Report on plague in the Punjab from October 1st ... to September 30th ..., being the ... season of plague in the province
Disease focus: Plague
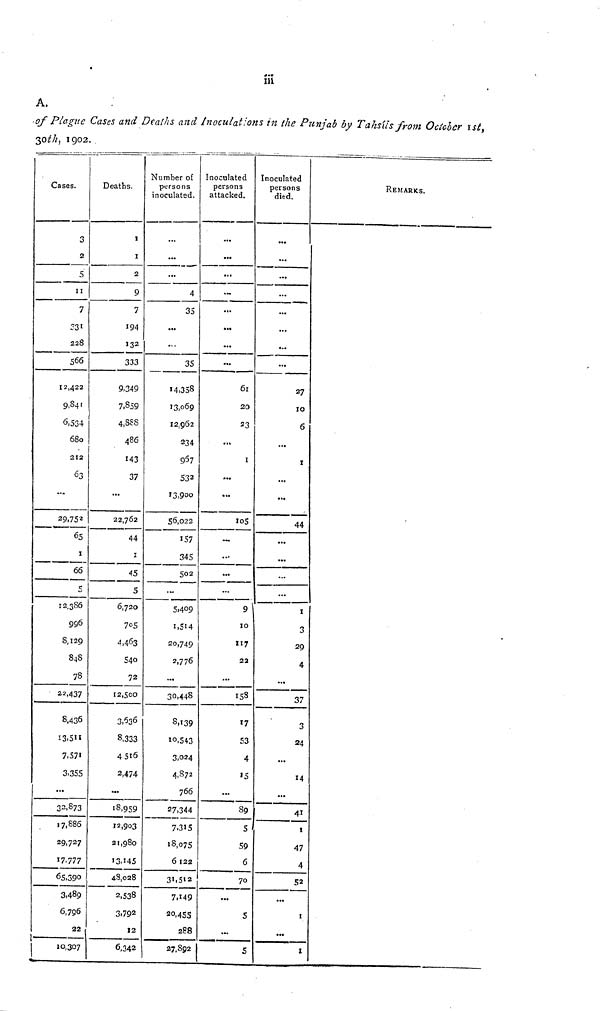
m
A.
of Plague Cases and Deaths and Inoculations in the Punjab by Tahsils from Octedecr 1st,
30 th, 1902.
Cases.
3
2
5
11
7
331
228
566
12,422
9,841
6,534
680
1
212
...
29,752
65
I
66
12,386
996
8,129
848
78
22,437
8,436
13.511
7.571
3,355
...
32.873
17,886
29,727
17,777
65,390
3,489
6,796
22
1
1
10,307
Deaths.
1
1
2
9
7
194
132
333
9.349
7,859
4.888
486
143
37
...
22,762
44
1
45
5
6,720
705
4,463
540
72
12,500
3,536
8,333
4516
2,474
...
18,959
12,903
21,980
13,145
48,028
2,538
3,79 2
12
6,342
Number of
persons
inoculated.
...
...
...
4
35
...
...
35
M,358
13,069
12;9Ö2
234
957
532
13,900
56,022
157
345
502
5,409
1,514
20,749
2,776
...
30,448
8,139
1o,543
3,024
4,872
766
27,344
7.315
18,075
6 122
31,512
7.149
20,455
288
27,892
Inoculated
persons
attacked.
...
...
...
...
...
...
...
...
61
20
23
..,
1
...
...
105
...
...
...
9
10
117
22
...
158
17
53
4
15
...
89
5
59
6
70
...
5
...
5,
Inoculated
persons
died.
...
...
...
...
...
...
...
...
27
10
6
...
1
...
...
44
...
...
...
...
1
3
29
4
...
37
3
24
...
14
...
41
!
47
4
52
...
t
...
I
REMARKS.